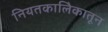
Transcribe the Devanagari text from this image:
नियतकालिेकातून